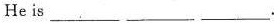
He is ___ ___.